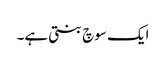
ایک سوچ بنتی ہے۔